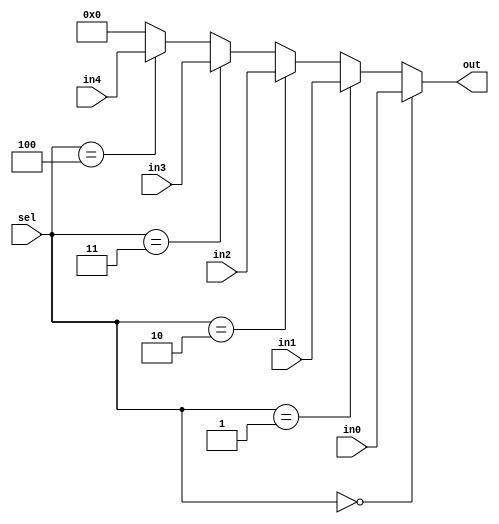
`timescale 1ns / 1ps
//////////////////////////////////////////////////////////////////////////////////
// Company: 
// Engineer: 
// 
// Design Name: 
// Module Name: mux_51
// Project Name: 
// Target Devices: 
// Tool Versions: 
// Description: 
// 
// Dependencies: 
// 
// Revision:
// Revision 0.01 - File Created
// Additional Comments:
// 
//////////////////////////////////////////////////////////////////////////////////


module mux_51(
    input wire [2:0] sel,
    input wire [7:0] in0, in1, in2, in3, in4,
    output wire [7:0] out
    );
    assign out = (sel == 3'd0) ? in0:
                 (sel == 3'd1) ? in1:
                 (sel == 3'd2) ? in2:
                 (sel == 3'd3) ? in3:
                 (sel == 3'd4) ? in4:
                 8'd0;
                 
endmodule